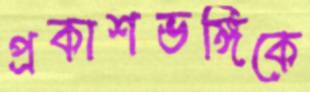
প্রকাশভঙ্গিকে